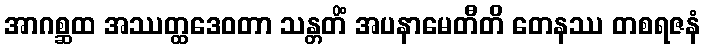
အာဂစ္ဆထ အဿတ္ထဒေဝတာ သန္တတိံ အပနာမေတီတိ တေနဿ တစရဇနံ